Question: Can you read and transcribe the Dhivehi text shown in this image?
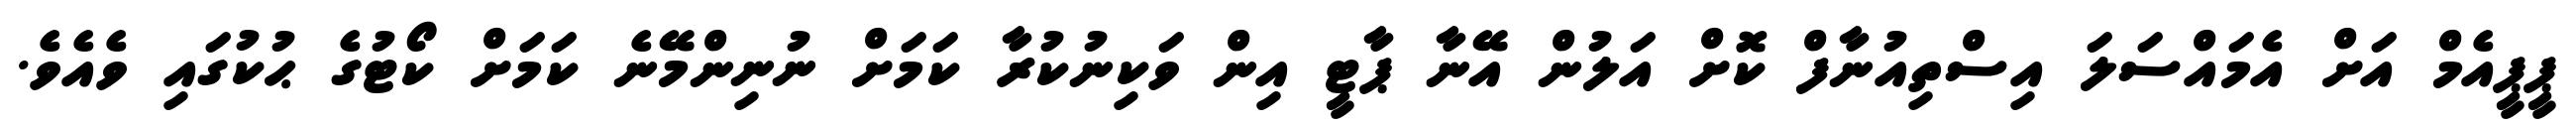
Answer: ޕީޕީއެމް އަށް އެމައްސަލަ އިސްތިއުނާފް ކޮށް އަލުން އޭނާ ޕާޓީ އިން ވަކިނުކުރާ ކަމަށް ނުނިންމޭނެ ކަމަށް ކޯޓުގެ ޙުކުގައި ވެއެވެ.